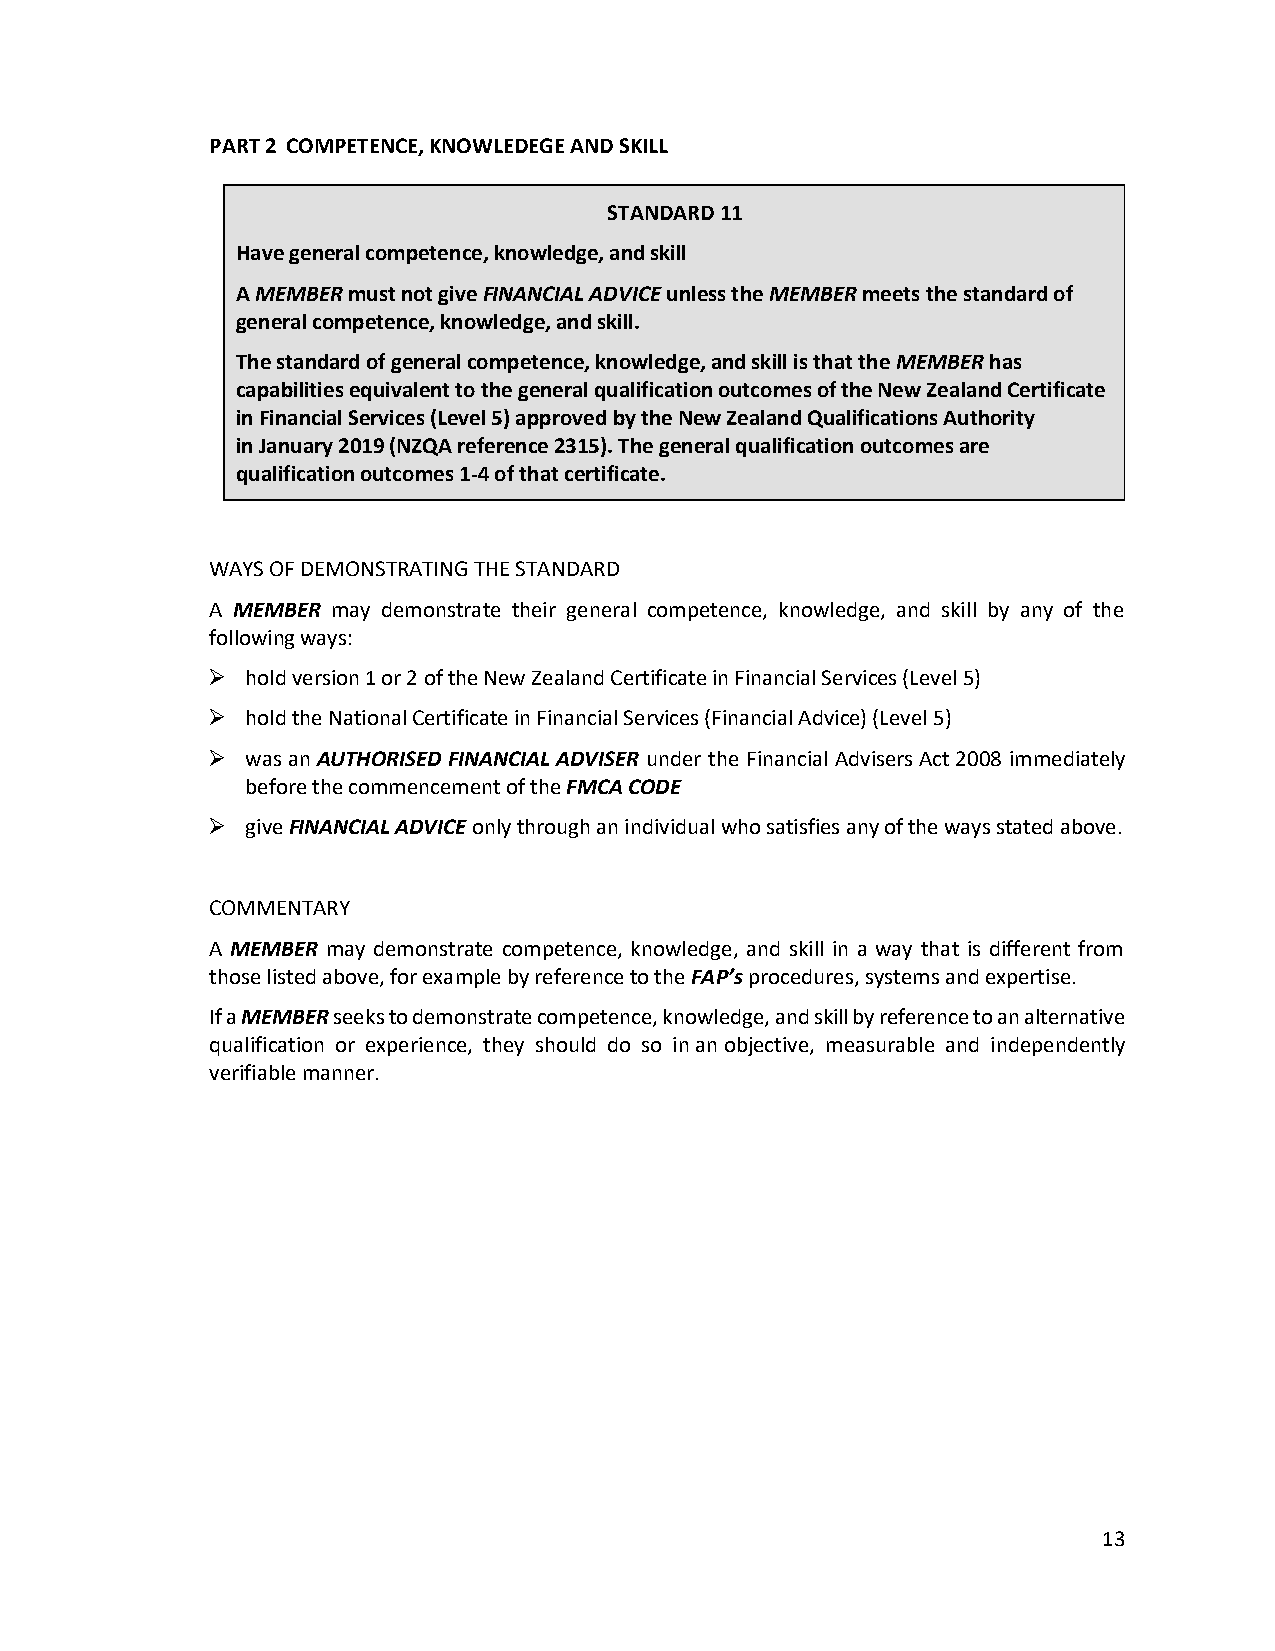
PART 2 COMPETENCE, KNOWLEDEGE AND SKILL
 STANDARD 11
 Have general competence, knowledge, and skill
 A MEMBER must not give FINANCIAL ADVICE unless the MEMBER meets the standard of
 general competence, knowledge, and skill.
 The standard of general competence, knowledge, and skill is that the MEMBER has
 capabilities equivalent to the general qualification outcomes of the New Zealand Certificate
 in Financial Services (Level 5) approved by the New Zealand Qualifications Authority
 in January 2019 (NZQA reference 2315). The general qualification outcomes are
 qualification outcomes 1-4 of that certificate.
 WAYS OF DEMONSTRATING THE STANDARD
 A MEMBER may demonstrate their general competence, knowledge, and skill by any of the
 following ways:
 ➢ hold version 1 or 2 of the New Zealand Certificate in Financial Services (Level 5)
 ➢ hold the National Certificate in Financial Services (Financial Advice) (Level 5)
 ➢ was an AUTHORISED FINANCIAL ADVISER under the Financial Advisers Act 2008 immediately
 before the commencement of the FMCA CODE
 ➢ give FINANCIAL ADVICE only through an individual who satisfies any of the ways stated above.
 COMMENTARY
 A MEMBER may demonstrate competence, knowledge, and skill in a way that is different from
 those listed above, for example by reference to the FAP’s procedures, systems and expertise.
 If a MEMBER seeks to demonstrate competence, knowledge, and skill by reference to an alternative
 qualification or experience, they should do so in an objective, measurable and independently
 verifiable manner.
 13